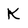
Character: K